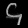
Digit: ၄